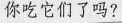
你_吃它们了吗?